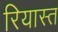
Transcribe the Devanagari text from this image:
रियास्त